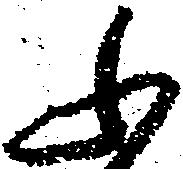
ふ